Report of the Indian Hemp Drugs Commission, 1894-1895 - Volume VI
Year: 1894
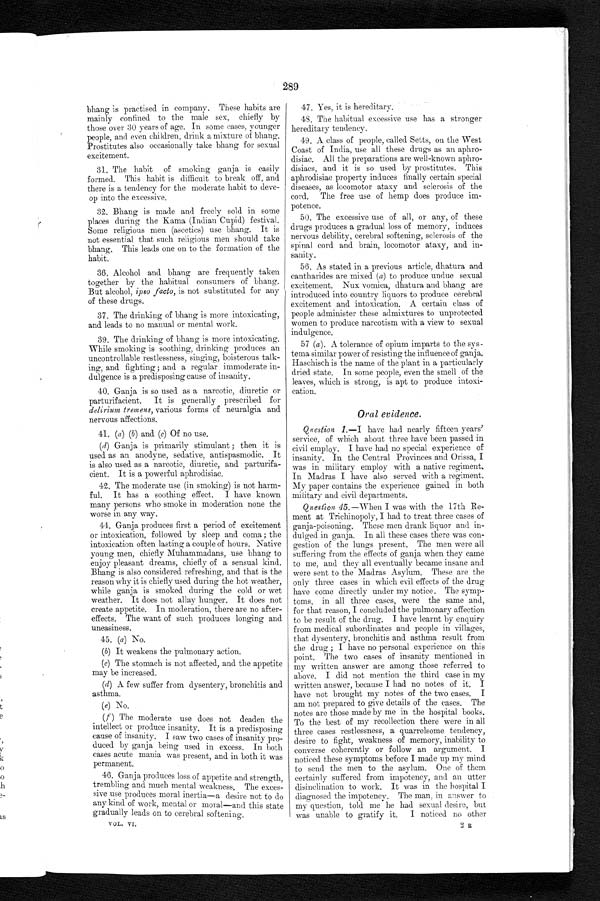
289
bhang is practised in company. These habits are
mainly confined to the male sex, chiefly by
those over 30 years of age. In some cases, younger
people, and even children, drink a mixture of bhang.
Prostitutes also occasionally take bhang for sexual
excitement.
31. The habit of smoking ganja is easily
formed. This habit is difficult to break off, and
there is a tendency for the moderate habit to deve
-lop into the excessive.
32. Bhang is made and freely sold in some
places during the Kama (Indian Cupid) festival.
Some religious men (ascetics) use bhang. It is
not essential that such religious men should take
bhang. This leads one on to the formation of the
habit.
36. Alcohol and bhang are frequently taken
together by the habitual consumers of bhang.
But alcohol, ipso facto, is not substituted for any
of these drugs.
37. The drinking of bhang is more intoxicating,
and leads to no manual or mental work.
39. The drinking of bhang is more intoxicating.
While smoking is soothing, drinking produces an
uncontrollable restlessness, singing, boisterous talk
-ing, and fighting; and a regular immoderate in
- d u l g e n c e i s a p r e d i s p o s i n g c a u s e o f i n s a n i t y .
40. Ganja is so used as a narcotic, diuretic or
parturifacient. It is generally prescribed for
delirium tremens, various forms of neuralgia and
nervous affections.
41. (a) (b) and (c) Of no use.
(d) Ganja is primarily stimulant; then it is
used as an anodyne, sedative, antispasmodic. It
is also used as a narcotic, diuretic, and
parturifa-cient. It is a powerful aphrodisiac.
42. The moderate use (in smoking) is not harm
- f u l . I t h a s a s o o t h i n g e f f e c t .I
h a v e k n o w n
many persons who smoke in moderation none the
worse in any way
.
44. Ganja produces first a period of excitement
or intoxication, followed by sleep and coma; the
intoxication often lasting a couple of hours. Native
young men, chiefly Muhammadans, use bhang to
enjoy pleasant dreams, chiefly of a sensual kind.
Bhang is also considered refreshing, and that is the
reason why it is chiefly used during the hot weather,
while ganja is smoked during the cold or wet
weather. It does not allay hunger. It does not
create appetite. In moderation, there are no after
- e f f e c t s . T h e w a n t o f s u c h p r o d u c e s l o n g i n g a n d
uneasiness.
45. (a) No.
( b )
I t w e a k e n s t h e p u l m o n a r y a c t i o n .
(c) The stomach is not affected, and the appetite
may be increased.
(d) A few suffer from dysentery, bronchitis and
asthma.
( e )
N o .
(f) The moderate use does not deaden the
intellect or produce insanity. It is a predisposing
cause of insanity. I saw two cases of insanity pr
o - d u c e d b y g a n j a b e i n g u s e d i n e x c e s s . I n b o t h
cases acute mania was present, and in both it was
permanent.
46. Ganja produces loss of appetite and strength,
trembling and much mental weakness. The exces
- s i v e u s e p r o d u c e s m o r a l i n e r t i a — a d e s i r e n o t t o d o
any kind of work, mental or moral—and this state
gradually leads on to cerebral softening.
V O L . V I .
47. Yes, it is hereditary
.
48. The habitual excessive use has a stronger
hereditary tendency.
49. A class of people, called Setts, on the West
Coast of India, use all these drugs as an aphr
o-disiac. All the preparations are well-known aphro
- d i s i a c s , a n d i t i s s o u s e d b y p r o s t i t u t e s . T h i s
aphrodisiac property induces finally certain special
diseases, as locomotor ataxy and sclerosis of the
cord. The free use of hemp does produce im
- p o t e n c e .
50. The excessive use of all, or any, of these
drugs produces a gradual loss of memory, induces
nervous debility, cerebral softening, sclerosis of the
spinal cord and brain, locomotor ataxy, and in
- s a n i t y .
56. As stated in a previous article, dhatura and
cantharides are mixed (a) to produce undue sexual
excitement. Nux vomica, dhatura and bhang are
introduced into country liquors to produce cerebral
excitement and intoxication. A certain class of
people administer these admixtures to unprotected
women to produce narcotism with a view to sexual
indulgence.
57 (a). A tolerance of opium imparts to the sys
-tema similar power of resisting the influence of ganj
a . H a s c h i s c h i s t h e n a m e o f t h e p l a n t i n a p a r t i c u l a r l y
dried state. In some people, even the smell of the
leaves, which is strong, is apt to produce intox
i - c a t i o n .
Oral evidence.
Q uestion 1.—I
have had nearly fifteen years
' service, of which about three have been passed in
civil employ. I have had no special experience of
insanity. In the Central Provinces and Orissa, I
was in military employ with a native regiment.
In Madras I have also served with a regiment.
My paper contains the experience gained in both
military and civil departments.
Question 45.—When I was with the 17th Re
-ment at Trichinopoly, I had to treat three cases of
ganja-poisoning. These men drank liquor and in
-dulged in ganja. In all these cases there was con
-gestion of the lungs present. The men were all
suffering from the effects of ganja when they came
to me, and they all eventually became insane and
were sent to the Madras Asylum. These are the
only three cases in which evil effects of the drug
have come directly under my notice. The symp
-toms, in all three cases, were the same and,
for that reason, I concluded the pulmonary affection
to be result of the drug. I have learnt by enquiry
from medical subordinates and people in villages,
that dysentery, bronchitis and asthma result from
the drug; I have no personal experience on this
point. The two cases of insanity mentioned in
my written answer are among those referred to
above. I did not mention the third case in my
written answer, because I had no notes of it. I
have not brought my notes of the two cases. I
am not prepared to give details of the cases. The
notes are those made by me in the hospital books.
To the best of my recollection there were in all
three cases restlessness, a quarrelsome tendency,
desire to fight, weakness of memory, inability to
converse coherently or follow an argument. I
noticed these symptoms before I made up my mind
to send the men to the asylum. One of them
certainly suffered from impotency, and an utter
disinclination to work. It was in the hospital I
diagnosed the impotency. The man, in answer to
my question, told me he had sexual desire, but
was unable to gratify it. I noticed no other